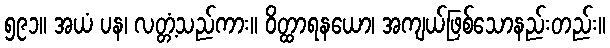
၅၉၁။ အယံ ပန၊ လတ္တံ့သည်ကား။ ဝိတ္ထာရနယော၊ အကျယ်ဖြစ်သောနည်းတည်း။